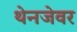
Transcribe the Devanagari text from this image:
थेनजेवर